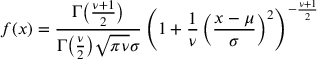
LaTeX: f ( x ) = { \frac { \Gamma { \bigl ( } { \frac { \nu + 1 } { 2 } } { \bigr ) } } { \Gamma { \bigl ( } { \frac { \nu } { 2 } } { \bigr ) } { \sqrt { \pi \nu } } \sigma } } \left( 1 + { \frac { 1 } { \nu } } \left( { \frac { x - \mu } { \sigma } } \right) ^ { 2 } \right) ^ { - { \frac { \nu + 1 } { 2 } } }